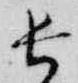
長